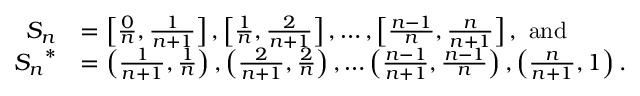
\begin{array} { r l } { S _ { n } } & { = \left[ \frac 0 n , \frac 1 { n + 1 } \right] , \left[ \frac 1 n , \frac { 2 } { n + 1 } \right] , \ldots , \left[ \frac { n - 1 } n , \frac n { n + 1 } \right] , \mathrm { ~ a n d ~ } } \\ { { S _ { n } } ^ { * } } & { = \left( \frac { 1 } { n + 1 } , \frac { 1 } { n } \right) , \left( \frac { 2 } { n + 1 } , \frac { 2 } { n } \right) , \ldots \left( \frac { n - 1 } { n + 1 } , \frac { n - 1 } { n } \right) , \left( \frac { n } { n + 1 } , 1 \right) . } \end{array}